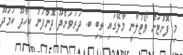
މި ފޮށްޓަށް ވޯޓުލާނީ މާލޭގައި ތިބި ބ. ދަރަވަންދޫ ދޮންފަނު ކިހާދޫ ކަމަދޫ